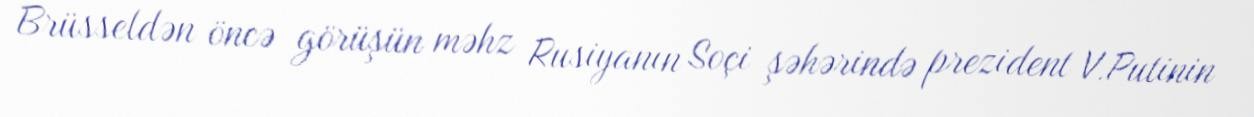
Brüsseldən öncə görüşün məhz Rusiyanın Soçi şəhərində prezident V.Putinin